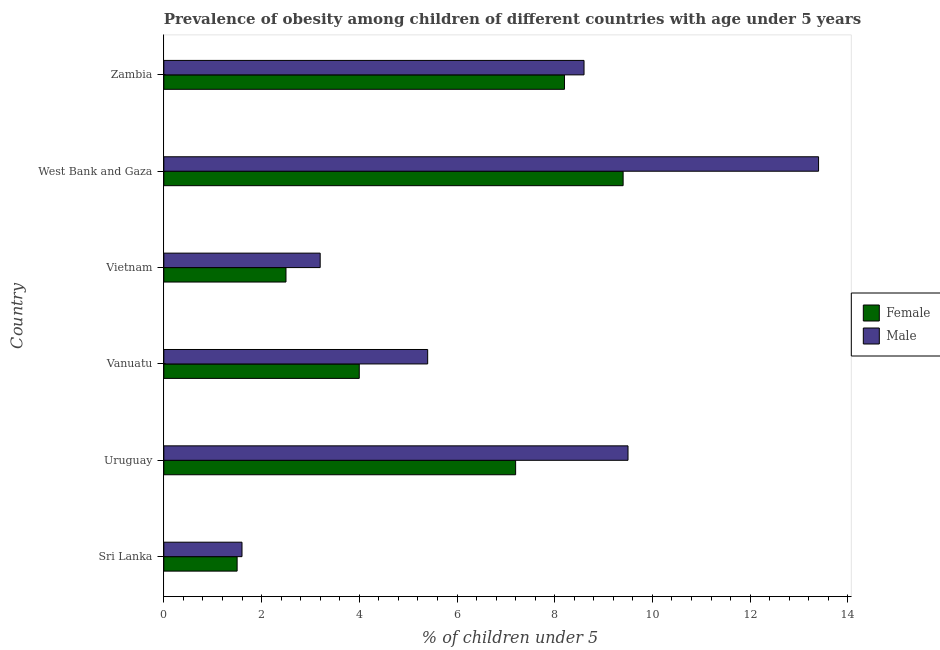
| Country | Female | Male |
 | --- | --- | --- |
 | Sri Lanka | 1.5 | 1.6 |
 | Uruguay | 7.2 | 9.5 |
 | Vanuatu | 4 | 5.4 |
 | Vietnam | 2.5 | 3.2 |
 | West Bank and Gaza | 9.4 | 13.4 |
 | Zambia | 8.2 | 8.6 |